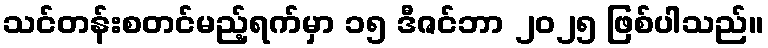
သင်တန်းစတင်မည့်ရက်မှာ ၁၅ ဒီဇင်ဘာ ၂၀၂၅ ဖြစ်ပါသည်။